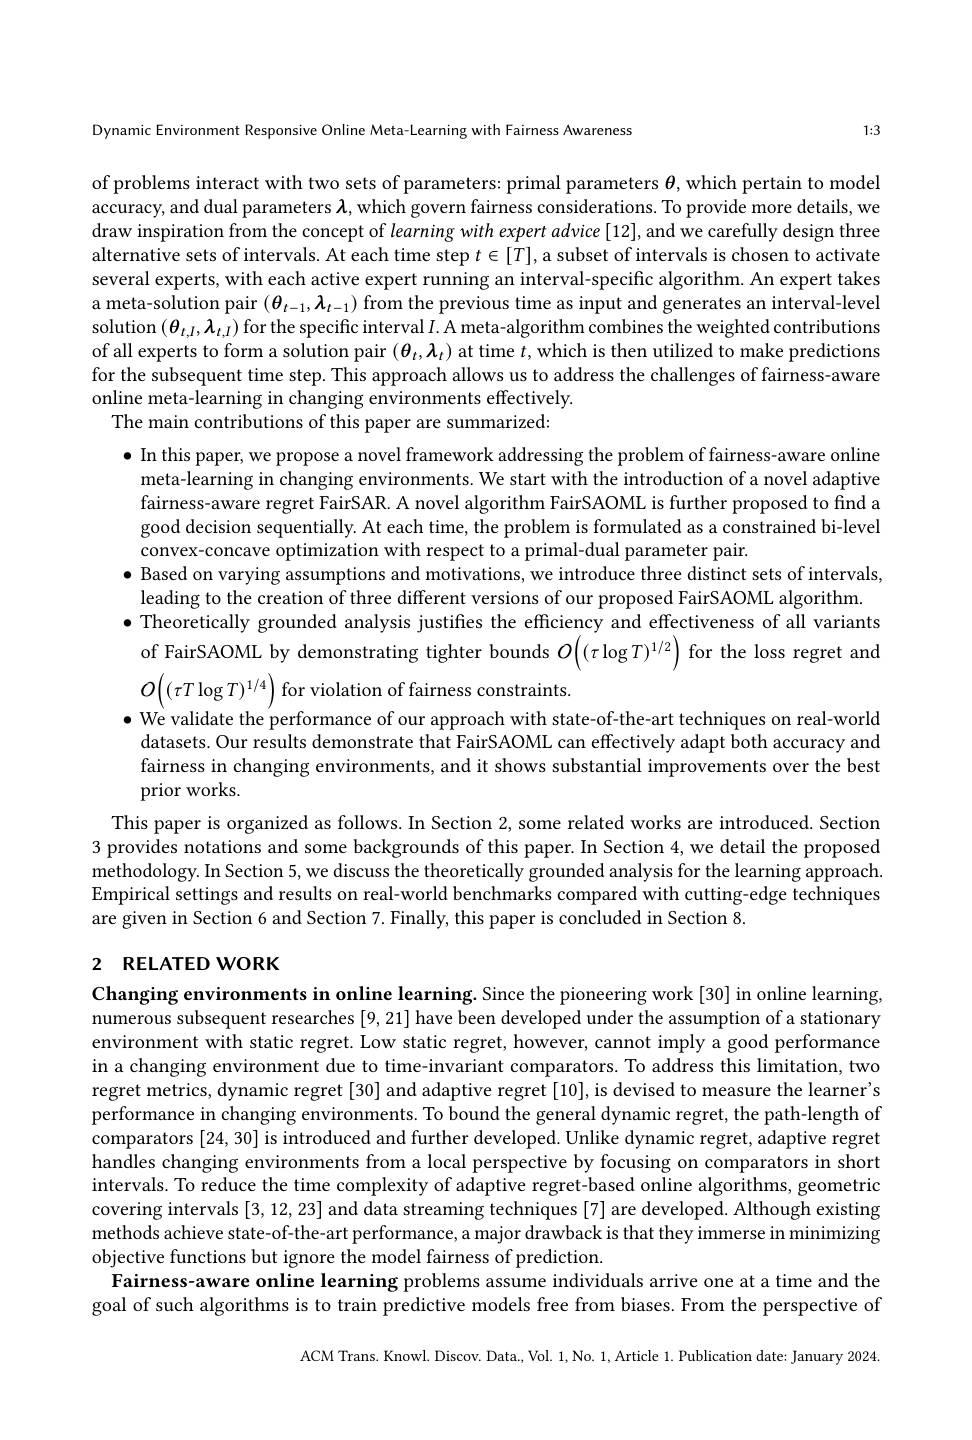
1:3

Dynamic Environment Responsive Online Meta-Learning with Fairness Awareness

of problems interact with two sets of parameters: primal parameters $\theta$, which pertain to model accuracy, and dual parameters $\boldsymbol{\lambda}$, which govern fairness considerations. To provide more details, we draw inspiration from the concept of learning with expert advice[12], and we carefully design three alternative sets of intervals. At each time step $t\in[T]$, a subset of intervals is chosen to activate several experts, with each active expert running an interval-specific algorithm. An expert takes a meta-solution pair $(\theta_{t-1},\boldsymbol{\lambda}_{t-1})$ from the previous time as input and generates an interval-level solution $(\boldsymbol{\theta}_{t,I},\boldsymbol{\lambda}_{t,I})$ for the specific interval $I.$ A meta-algorithm combines the weighted contributions of all experts to form a solution pair $(\boldsymbol\theta_t,\boldsymbol{\lambda}_t)$ at time $t$,which is then utilized to make predictions for the subsequent time step. This approach allows us to address the challenges of fairness-aware online meta-learning in changing environments effectively.
The main contributions of this paper are summarized:

$\bullet$ In this paper, we propose a novel framework addressing the problem of fairness-aware online
meta-learning in changing environments. We start with the introduction of a novel adaptive fairness-aware regret FairSAR. A novel algorithm FairSAOML is further proposed to fnd a good decision sequentially. At each time, the problem is formulated as a constrained bi-level convex-concave optimization with respect to a primal-dual parameter pair.
$\bullet$ Based on varying assumptions and motivations, we introduce three distinct sets of intervals,
leading to the creation of three different versions of our proposed FairSAOML algorithm.
$\bullet$ Theoretically grounded analysis justifies the efficiency and effectiveness of all variants of FairSAOML by demonstrating tighter bounds $O\left((\tau\log T)^{1/2}\right)$ for the loss regret and $O\left((\tau T\log T)^{1/4}\right)$for violation of fairness constraints.
$\bullet$ We validate the performance of our approach with state-of-the-art techniques on real-world
datasets. Our results demonstrate that FairSAOML can effectively adapt both accuracy and fairness in changing environments, and it shows substantial improvements over the best prior works.
This paper is organized as follows. In Section 2, some related works are introduced. Section 3 provides notations and some backgrounds of this paper. In Section 4, we detail the proposed methodology. In Section 5, we discuss the theoretically grounded analysis for the learning approach. Empirical settings and results on real-world benchmarks compared with cutting-edge techniques are given in Section 6 and Section 7. Finally, this paper is concluded in Section 8.
2 RELATED WORK
Changing environments in online learning. Since the pioneering work [30] in online learning,

numerous subsequent researches [9, 21] have been developed under the assumption of a stationary environment with static regret. Low static regret, however, cannot imply a good performance in a changing environment due to time-invariant comparators. To address this limitation, two regret metrics, dynamic regret [30] and adaptive regret [10], is devised to measure the learner's performance in changing environments. To bound the general dynamic regret, the path-length of comparators [24,30] is introduced and further developed. Unlike dynamic regret, adaptive regret handles changing environments from a local perspective by focusing on comparators in short intervals. To reduce the time complexity of adaptive regret-based online algorithms, geometric covering intervals [3,12,23] and data streaming techniques [7] are developed. Although existing methods achieve state-of-the-art performance, a major drawback is that they immerse in minimizing objective functions but ignore the model fairness of prediction
Fairness-aware online learning problems assume individuals arrive one at a time and the goal of such algorithms is to train predictive models free from biases. From the perspective of

ACM Trans. Knowl. Discov. Data., Vol. 1,No. 1, Article 1. Publication date: January 2024